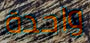
واحدة